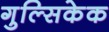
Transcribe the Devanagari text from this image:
गुल्सिकेक